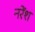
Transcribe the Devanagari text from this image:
नरेंश